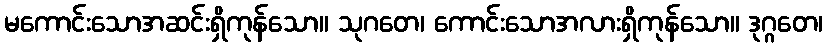
မကောင်းသောအဆင်းရှိကုန်သော။ သုဂတေ၊ ကောင်းသောအလားရှိကုန်သော။ ဒုဂ္ဂတေ၊